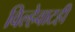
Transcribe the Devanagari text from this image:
विल्हेवाटही